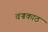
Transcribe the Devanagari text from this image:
वज्रकाठ